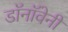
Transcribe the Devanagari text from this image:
डॉनॉवेनी